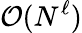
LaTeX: \mathcal{O}(N^{\ell})